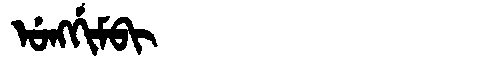
Manchu: ᡠᠩᡤᡳᠮᠪᡳ
Romanization: UNGGIMBI